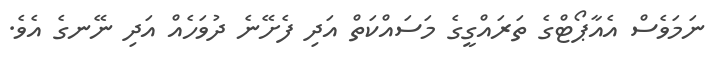
ނަމަވެސް އެއާޕޯޓްގެ ތަރައްގީގެ މަސައްކަތް އަދި ފެށޭނެ ދުވަހެއް އަދި ނޭނގެ އެވެ.